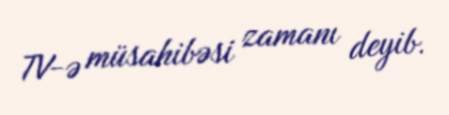
TV-ə müsahibəsi zamanı deyib.